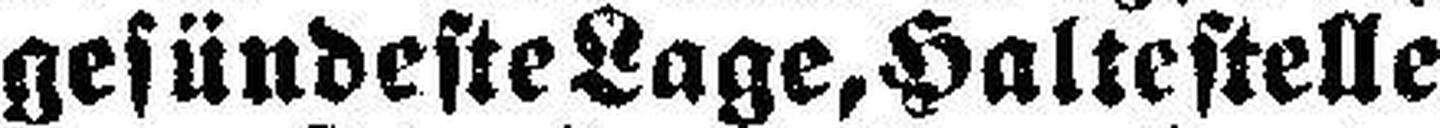
gesündeste Lage, Haltestelle